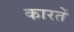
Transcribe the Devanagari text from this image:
कारतें